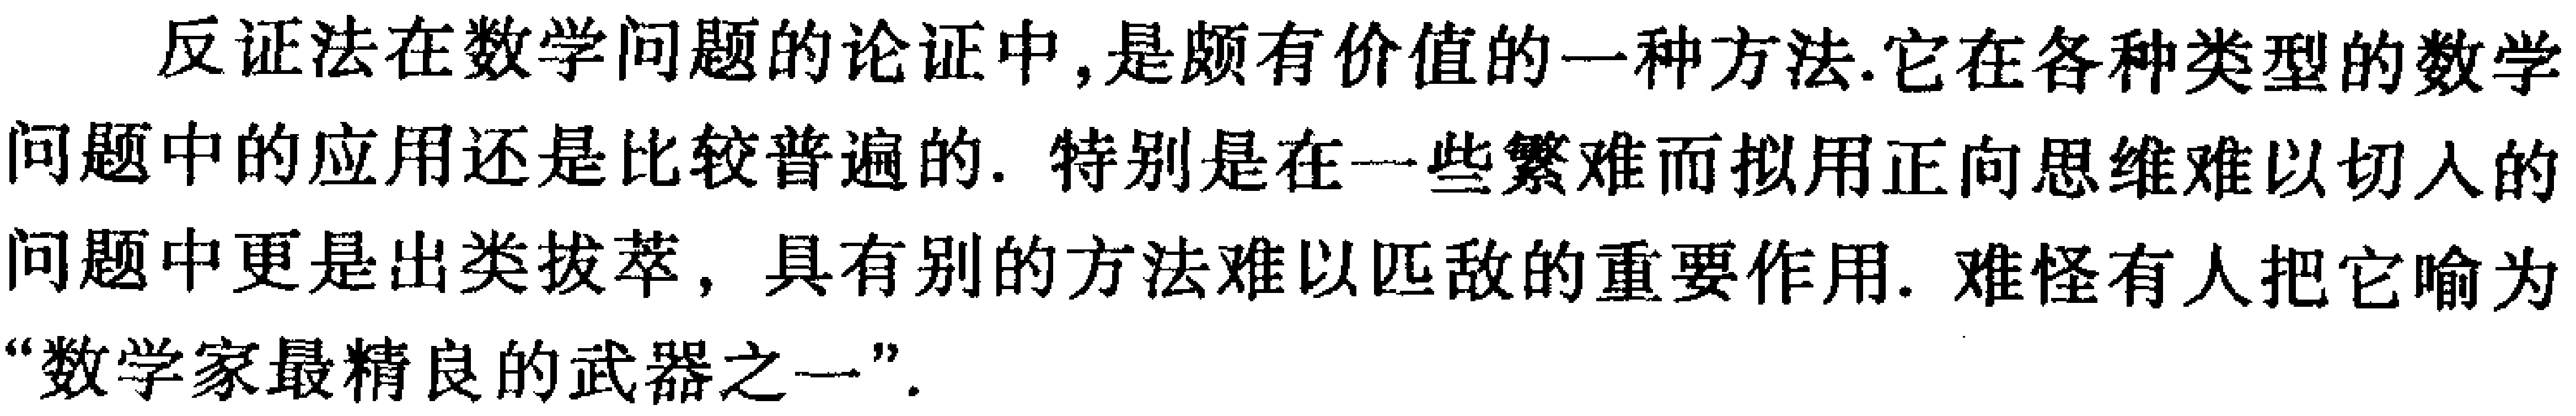
反证法在数学问题的论证中,是颇有价值的一种方法.它在各种类型的数学问题中的应用还是比较普遍的. 特别是在一些繁难而拟用正向思维难以切入的问题中更是出类拔萃，具有别的方法难以匹敌的重要作用. 难怪有人把它喻为“数学家最精良的武器之一”.